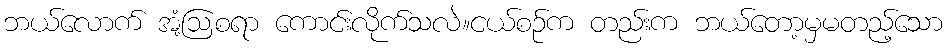
ဘယ်လောက် အံ့ဩစရာ ကောင်းလိုက်သလဲ။ငယ်စဉ်က တည်းက ဘယ်တော့မှမတည့်သော